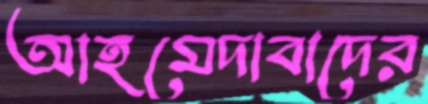
আহমেদাবাদের